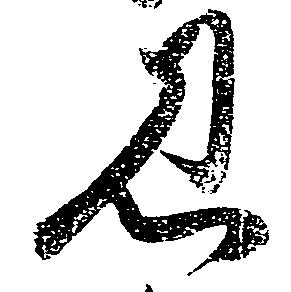
見